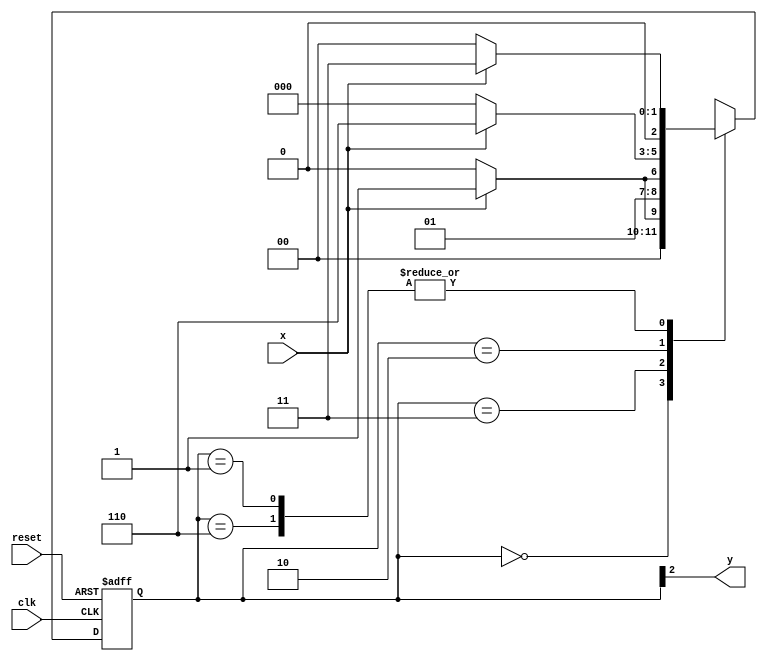
// ------------------------- 
// Maquina de Estados Finitos - Moore
// Nome: Bruno Cezar Andrade Viallet 
// ------------------------- 

// -------------- 
// --- Moore FSM 
// -------------- 

/* 
								 Moore FSM Diagram 
					          _________________ 
					         /                 \ 
		    1   1         v   0         1   1| // found 
	[start]-->[id1]-->[id11]-->[id110]-->[id1101] 
		^ \0     0|     1/ ^      0 |      0 | 
		\_/       /      \__/       |        / 
		 \_______/                  /       / 
    	  \                        /       / 
         \______________________/       / 
          \                            / 
           \__________________________/ 

*/ 

// constant definition 
`define found 1 
`define notfound 0 

// FSM by Moore 
module moore1101 ( y, x, clk, reset ); 
	output y; 
	input x; 
	input clk; 
	input reset; 
	reg y; 
	parameter // state identifiers 
	start = 3'b000, 
	id1 = 3'b001, 
	id11 = 3'b011, 
	id110 = 3'b010, 
	id1101 = 3'b110; // signal found 
	reg [2:0] E1; // current state variables 
	reg [2:0] E2; // next state logic output 
	// next state logic 
	always @( x or E1 ) begin 
	case( E1 ) 
		start: 
			if ( x ) 
				E2 = id1; 
			else 
				E2 = start; 
		
		id1: 
			if ( x ) 
				E2 = id11; 
			else 
				E2 = start; 
		
		id11: 
			if ( x ) 
				E2 = id11; 
			else 
				E2 = id110; 

		id110: 
			if ( x ) 
				E2 = id1101; 
			else 
				E2 = start; 

		id1101: 
			if ( x ) 
				E2 = id11; 
			else 
				E2 = start; 
		
		default: // undefined statee 
			E2 = 3'bxxx; 
	endcase 

end // always at signal or state changing 

// state variables 
always @( posedge clk or negedge reset ) begin 
	if ( reset ) 
		E1 = E2; // updates current state 
	else 
		E1 = 0; // reset 

end // always at signal changing 

// output logic 
always @( E1 ) begin 
	y = E1[2]; // first bit of state value 

	end // always at state changing 

endmodule // moore1101